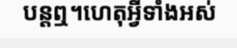
បន្តឮ។ហេតុអ្វីទាំងអស់